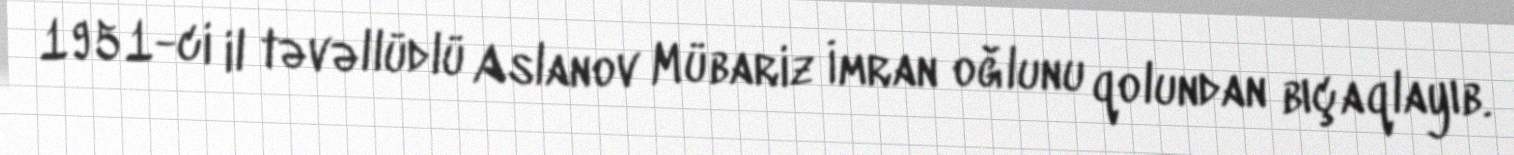
1951-ci il təvəllüdlü Aslanov Mübariz İmran oğlunu qolundan bıçaqlayıb.